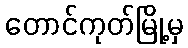
တောင်ကုတ်မြို့မှ